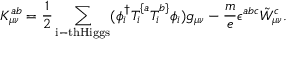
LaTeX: K _ { \mu \nu } ^ { a b } = \frac { 1 } { 2 } \sum _ { \mathrm { i - t h H i g g s } } ( \phi _ { i } ^ { \dag } T _ { i } ^ { \{ a } T _ { i } ^ { b \} } \phi _ { i } ) g _ { \mu \nu } - \frac { m } { e } \epsilon ^ { a b c } \tilde { W } _ { \mu \nu } ^ { c } .